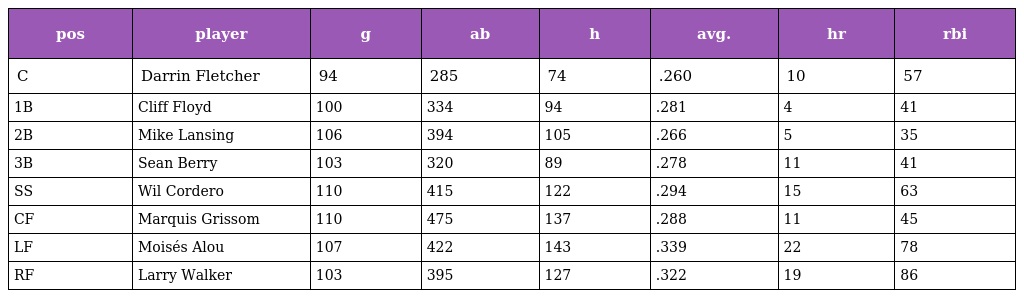
| pos | player | g | ab | h | avg. | hr | rbi |
 | --- | --- | --- | --- | --- | --- | --- | --- |
 | C | Darrin Fletcher | 94 | 285 | 74 | .260 | 10 | 57 |
 | 1B | Cliff Floyd | 100 | 334 | 94 | .281 | 4 | 41 |
 | 2B | Mike Lansing | 106 | 394 | 105 | .266 | 5 | 35 |
 | 3B | Sean Berry | 103 | 320 | 89 | .278 | 11 | 41 |
 | SS | Wil Cordero | 110 | 415 | 122 | .294 | 15 | 63 |
 | CF | Marquis Grissom | 110 | 475 | 137 | .288 | 11 | 45 |
 | LF | Moisés Alou | 107 | 422 | 143 | .339 | 22 | 78 |
 | RF | Larry Walker | 103 | 395 | 127 | .322 | 19 | 86 |